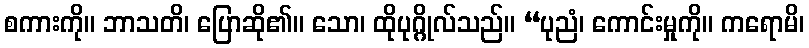
စကားကို။ ဘာသတိ၊ ပြောဆို၏။ သော၊ ထိုပုဂ္ဂိုလ်သည်။ “ပုညံ၊ ကောင်းမှုကို။ ကရောမိ၊